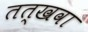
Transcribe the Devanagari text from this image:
तत्खवा